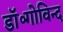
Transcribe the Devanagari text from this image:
डॉ॰गोविन्द